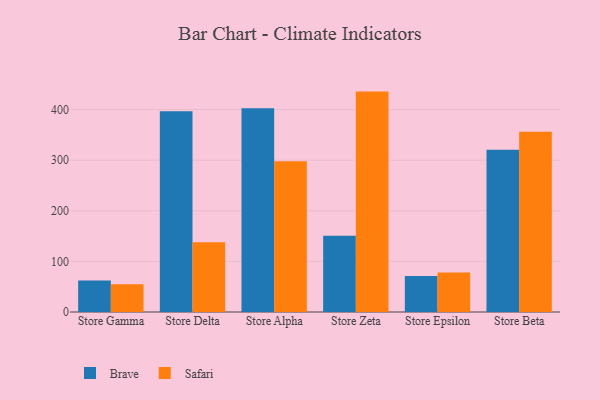
{"axis": {"x": "Store", "y": "Conversion Rate (%)"}, "legend": ["Brave", "Safari"], "data": [{"x": "Store Gamma", "y": 62.0, "type": "Brave"}, {"x": "Store Gamma", "y": 54.8, "type": "Safari"}, {"x": "Store Delta", "y": 396.9, "type": "Brave"}, {"x": "Store Delta", "y": 137.8, "type": "Safari"}, {"x": "Store Alpha", "y": 402.8, "type": "Brave"}, {"x": "Store Alpha", "y": 298.0, "type": "Safari"}, {"x": "Store Zeta", "y": 150.9, "type": "Brave"}, {"x": "Store Zeta", "y": 435.5, "type": "Safari"}, {"x": "Store Epsilon", "y": 71.0, "type": "Brave"}, {"x": "Store Epsilon", "y": 78.2, "type": "Safari"}, {"x": "Store Beta", "y": 320.5, "type": "Brave"}, {"x": "Store Beta", "y": 356.4, "type": "Safari"}]}